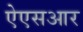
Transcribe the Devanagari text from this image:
ऐएसआर